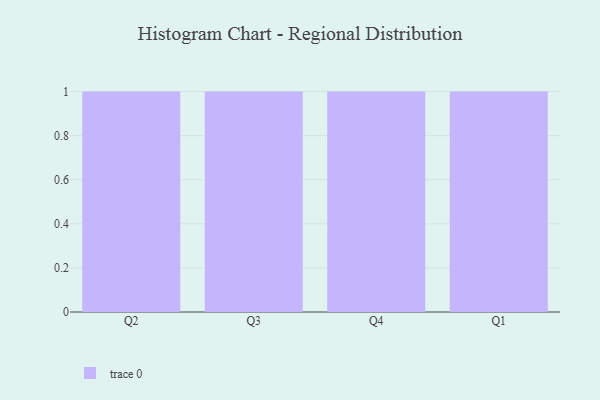
{"axis": {"x": "Quarter", "y": "Inventory Turnover"}, "legend": [""], "data": [{"x": "Q2", "y": 24, "type": ""}, {"x": "Q3", "y": 65, "type": ""}, {"x": "Q4", "y": 85, "type": ""}, {"x": "Q1", "y": 91, "type": ""}]}